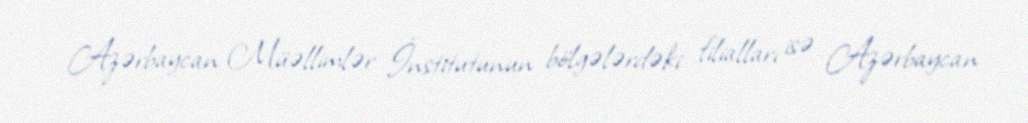
Azərbaycan Müəllimlər İnstitutunun bölgələrdəki filialları isə Azərbaycan